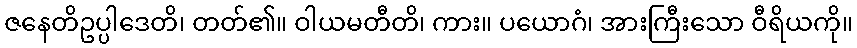
ဇနေတိဥပ္ပါဒေတိ၊ တတ်၏။ ဝါယမတီတိ၊ ကား။ ပယောဂံ၊ အားကြီးသော ဝီရိယကို။